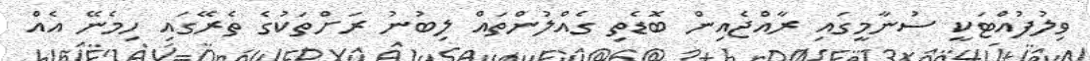
ވިލުފުއްޓަކީ ސުނާމީގައި ރާއްޖެއިން ބޮޑެތި ގެއްލުންތައް ލިބުނު ރަށްތަކުގެ ތެރޭގައި ހިމެނޭ އެއް